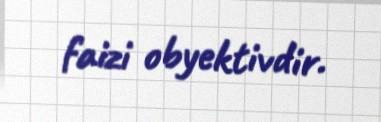
faizi obyektivdir.